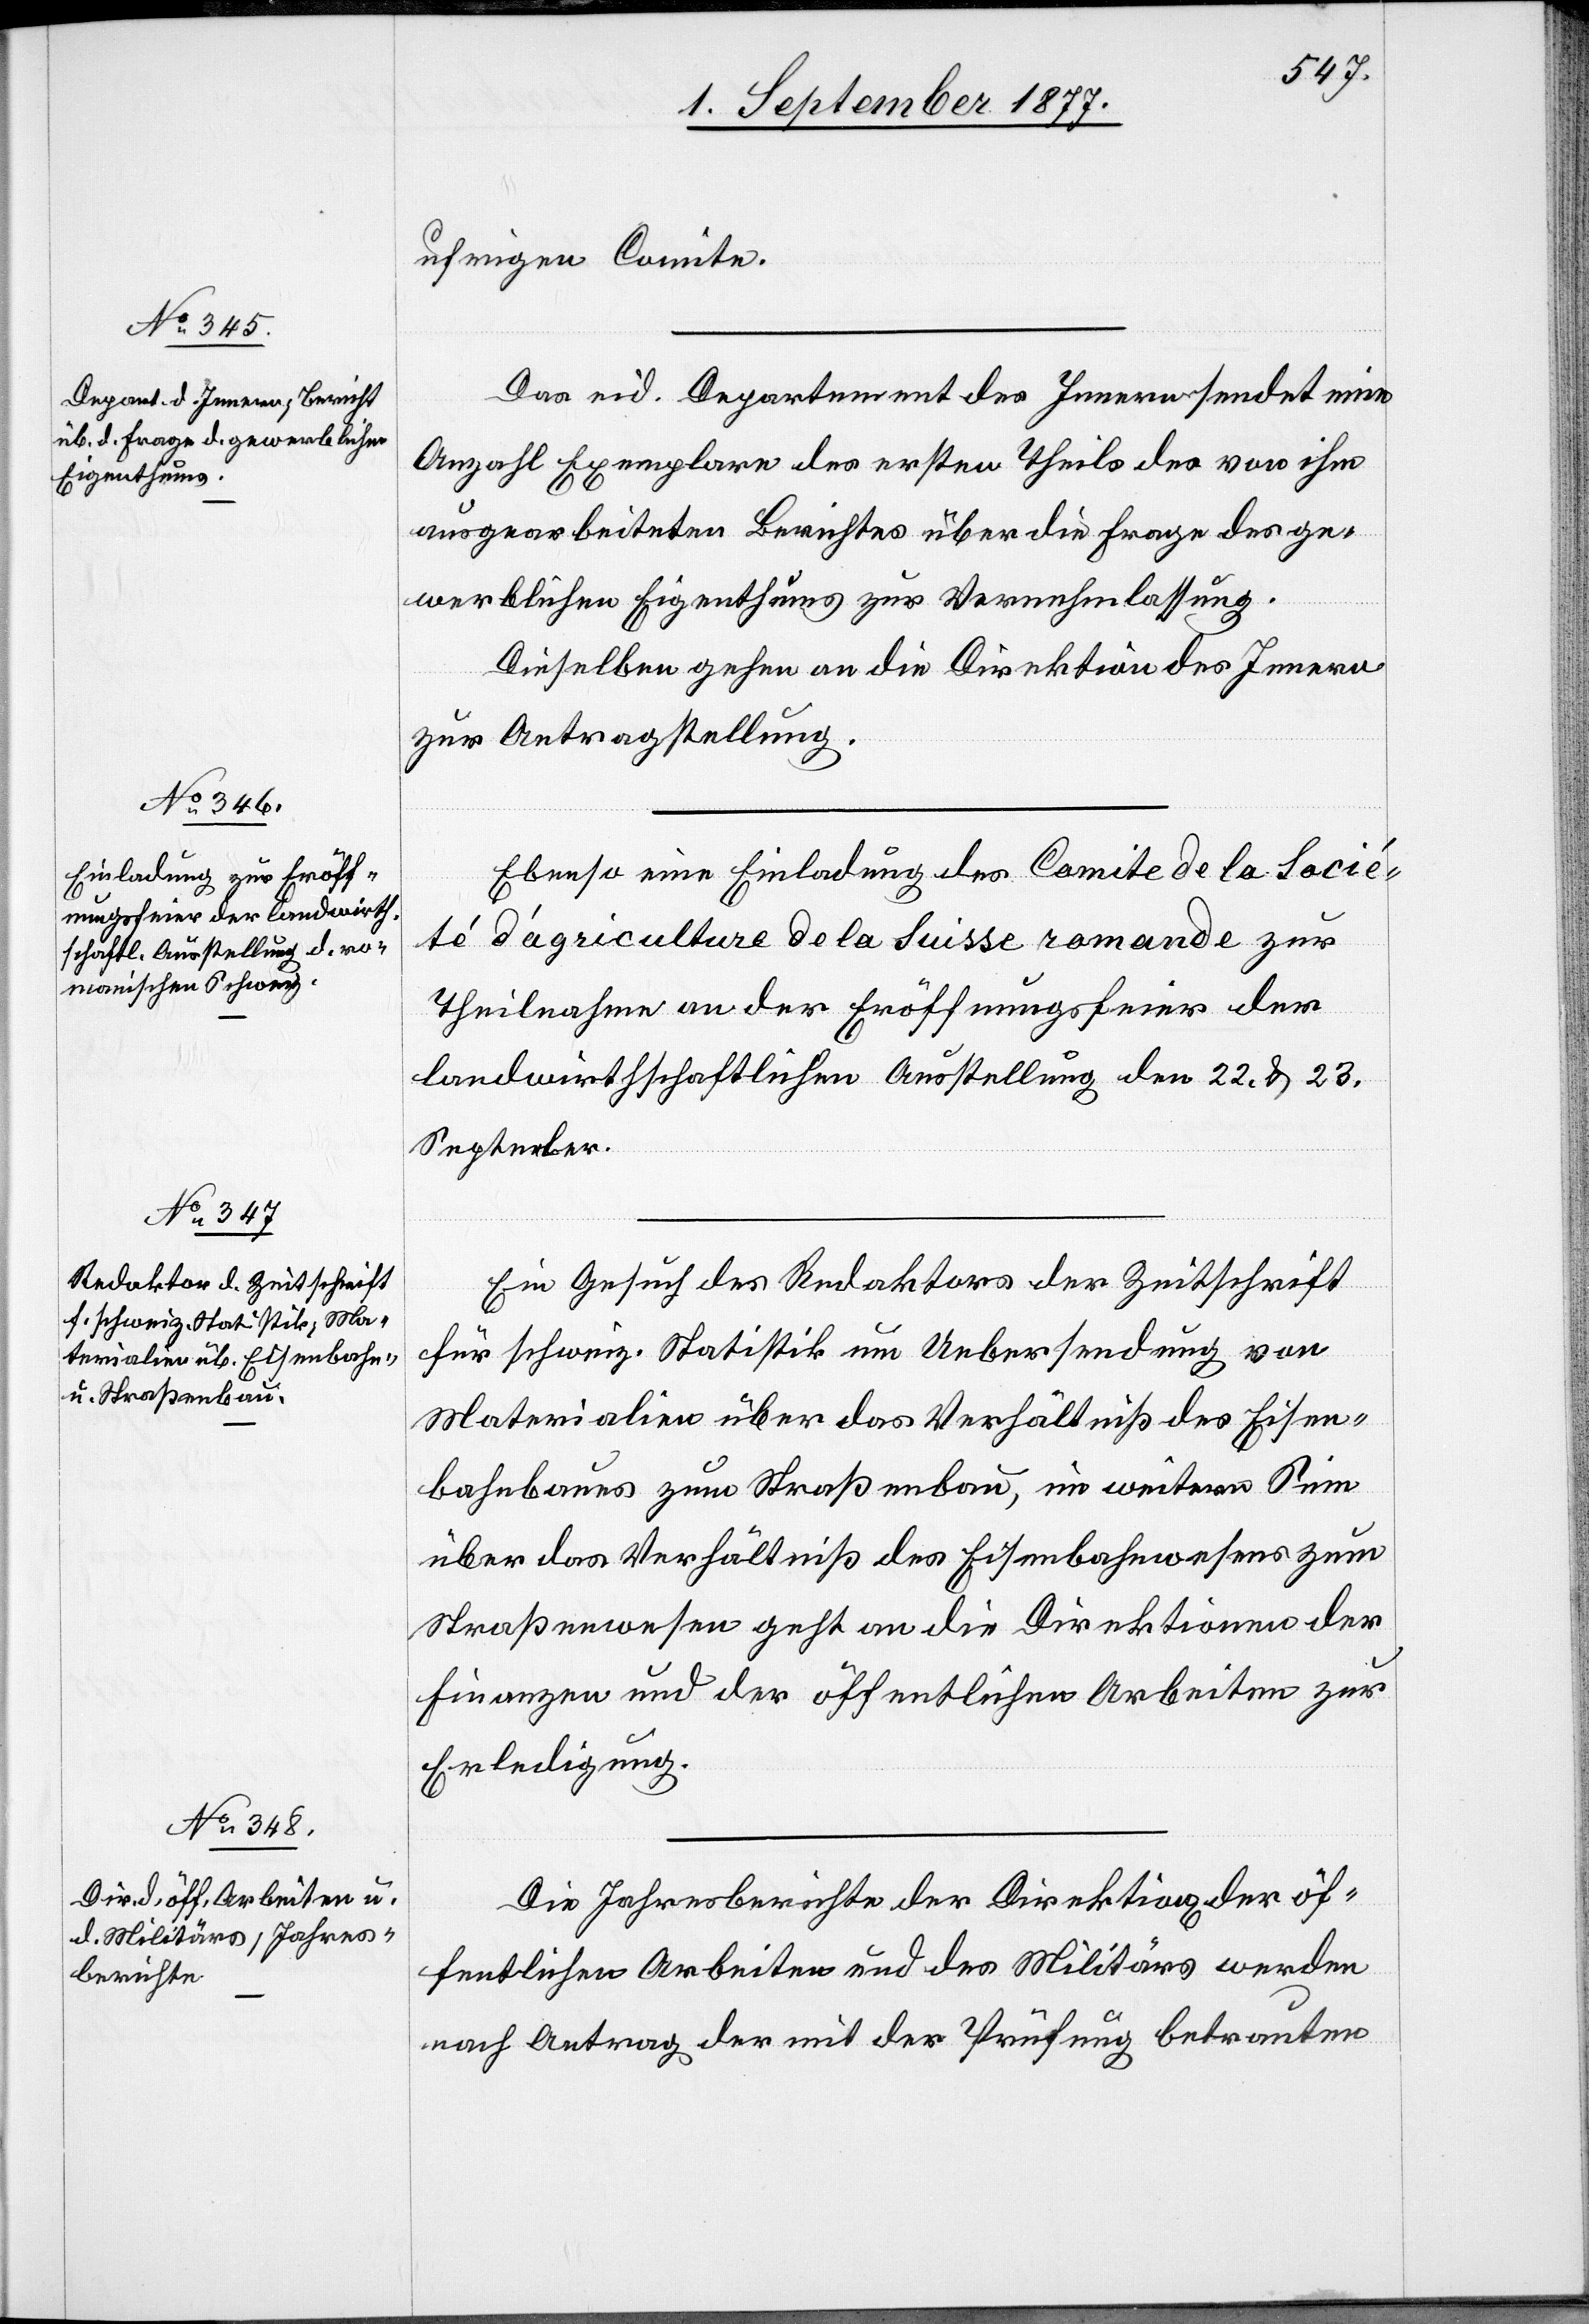
ufrigen Comite.
Das eid. Departement des Innern sendet eine
Anzahl Exemplare des ersten Theils des von ihm
ausgearbeiteten Berichtes über die Frage des ge¬
werblichen Eigenthums zur Vernehmlassung.
Dieselben gehen an die Direktion des Innern
zur Antragstellung.
Ebenso eine Einladung des Comite de la Socié¬
té d’agriculture de la Suisse romande zur
Theilnahme an der Eröffnungsfeier der
landwirthschaftlichen Ausstellung den 22. & 23.
September.
Ein Gesuch des Redaktors der Zeitschrift
für schweiz. Statistik um Uebersendung von
Materialien über das Verhältniß des Eisen¬
bahnbaues zum Straßenbau, im weitern Sinn
über das Verhältniß des Eisenbahnwesens zum
Straßenwesen geht an die Direktionen der
Finanzen und der öffentlichen Arbeiten zur
Erledigung.
Die Jahresberichte der Direktion[en] der öf¬
fentlichen Arbeiten und des Militärs werden
nach Antrag der mit der Prüfung betrauten